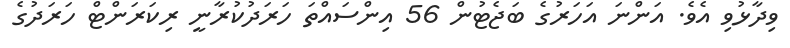
ވިދާޅުވި އެވެ. އަންނަ އަހަރުގެ ބަޖެޓުން 56 އިންސައްތަ ހަރަދުކުރާނީ ރިކަރަންޓް ހަރަދުގެ